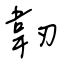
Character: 韌